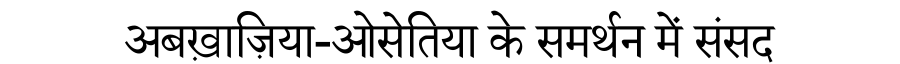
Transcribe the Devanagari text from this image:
अबख़ाज़िया-ओसेतिया के समर्थन में संसद